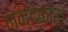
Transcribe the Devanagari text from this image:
नन्दकोल